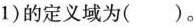
1)的定义域为( )。